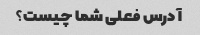
آدرس فعلی شما چیست؟